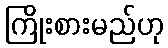
ကြိုးစားမည်ဟု